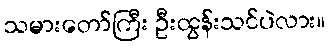
သမားတော်ကြီး ဦးထွန်းသင်ပဲလား။